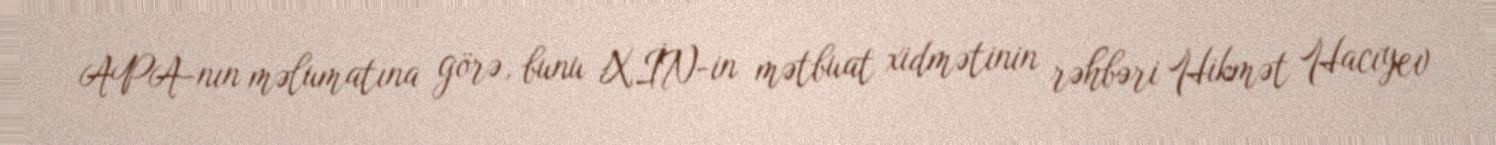
APA-nın məlumatına görə, bunu XİN-in mətbuat xidmətinin rəhbəri Hikmət Hacıyev